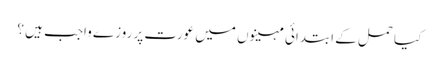
کیا حمل کے ابتدائی مہینوں میں عورت پر روزے واجب ہیں ؟